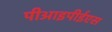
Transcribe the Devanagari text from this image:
पीआइपीईएस